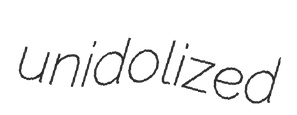
unidolized